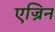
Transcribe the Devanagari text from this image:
एज्रिन